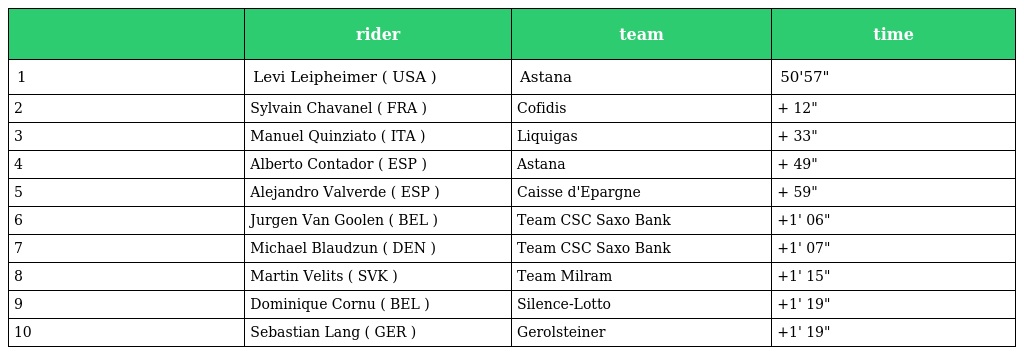
|  | rider | team | time |
 | --- | --- | --- | --- |
 | 1 | Levi Leipheimer ( USA ) | Astana | 50'57" |
 | 2 | Sylvain Chavanel ( FRA ) | Cofidis | + 12" |
 | 3 | Manuel Quinziato ( ITA ) | Liquigas | + 33" |
 | 4 | Alberto Contador ( ESP ) | Astana | + 49" |
 | 5 | Alejandro Valverde ( ESP ) | Caisse d'Epargne | + 59" |
 | 6 | Jurgen Van Goolen ( BEL ) | Team CSC Saxo Bank | +1' 06" |
 | 7 | Michael Blaudzun ( DEN ) | Team CSC Saxo Bank | +1' 07" |
 | 8 | Martin Velits ( SVK ) | Team Milram | +1' 15" |
 | 9 | Dominique Cornu ( BEL ) | Silence-Lotto | +1' 19" |
 | 10 | Sebastian Lang ( GER ) | Gerolsteiner | +1' 19" |